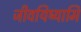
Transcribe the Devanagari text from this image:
जीवयिष्यामि